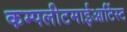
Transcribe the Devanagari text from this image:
कम्पलीटमाईआर्टिस्ट